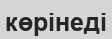
көрінеді